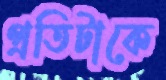
প্রতিটাকে